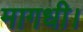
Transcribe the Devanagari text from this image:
मागधी।